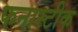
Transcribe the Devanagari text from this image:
फनास्टीक